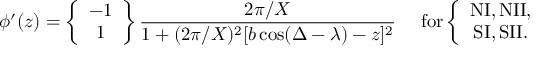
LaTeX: \phi ^ { \prime } ( z ) = \left\{ \begin{array} { c } { { - 1 } } \\ { { 1 } } \end{array} \right\} \frac { 2 \pi / X } { 1 + ( 2 \pi / X ) ^ { 2 } [ b \cos ( \Delta - \lambda ) - z ] ^ { 2 } } { } ~ ~ ~ ~ \mathrm { f o r } \left\{ \begin{array} { c } { { \mathrm { N I , N I I , } } } \\ { { \mathrm { S I , S I I . } } } \end{array} \right.